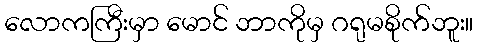
လောကကြီးမှာ မောင် ဘာကိုမှ ဂရုမစိုက်ဘူး။